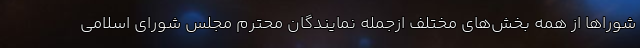
شوراها از همه بخش‌های مختلف ازجمله نمایندگان محترم مجلس شورای اسلامی